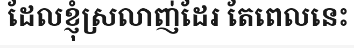
ដែលខ្ញុំស្រលាញ់ដែរ តែពេលនេះ